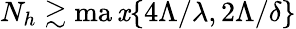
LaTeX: N_{h}\gtrsim\operatorname*{ma\mathit{x}}\{ 4\Lambda/\lambda,2\Lambda/\delta\}